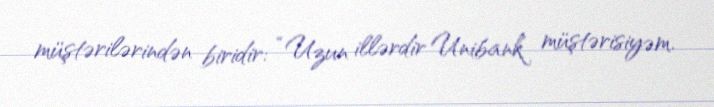
müştərilərindən biridir: “Uzun illərdir Unibank müştərisiyəm.